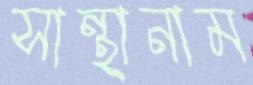
সান্থানাম